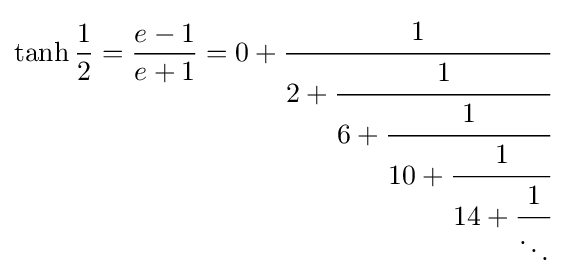
\tanh {\frac {1}{2}}={\frac {e-1}{e+1}}=0+{\cfrac {1}{2+{\cfrac {1}{6+{\cfrac {1}{10+{\cfrac {1}{14+{\cfrac {1}{\ddots }}}}}}}}}}